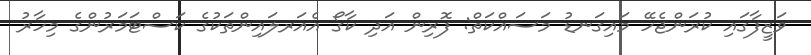
ވަޒީފާގައި ކުރަންޖެހޭ މައިގަނޑު މަސައްކަތް: ފޮރިން އަދި ކާގޯ އެއަރލައިންތަކުގެ ކަސްޓަމަރުންގެ މިހާރު